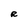
Character: R